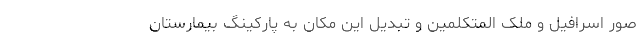
صور اسرافیل و ملک المتکلمین و تبدیل این مکان به پارکینگ بیمارستان